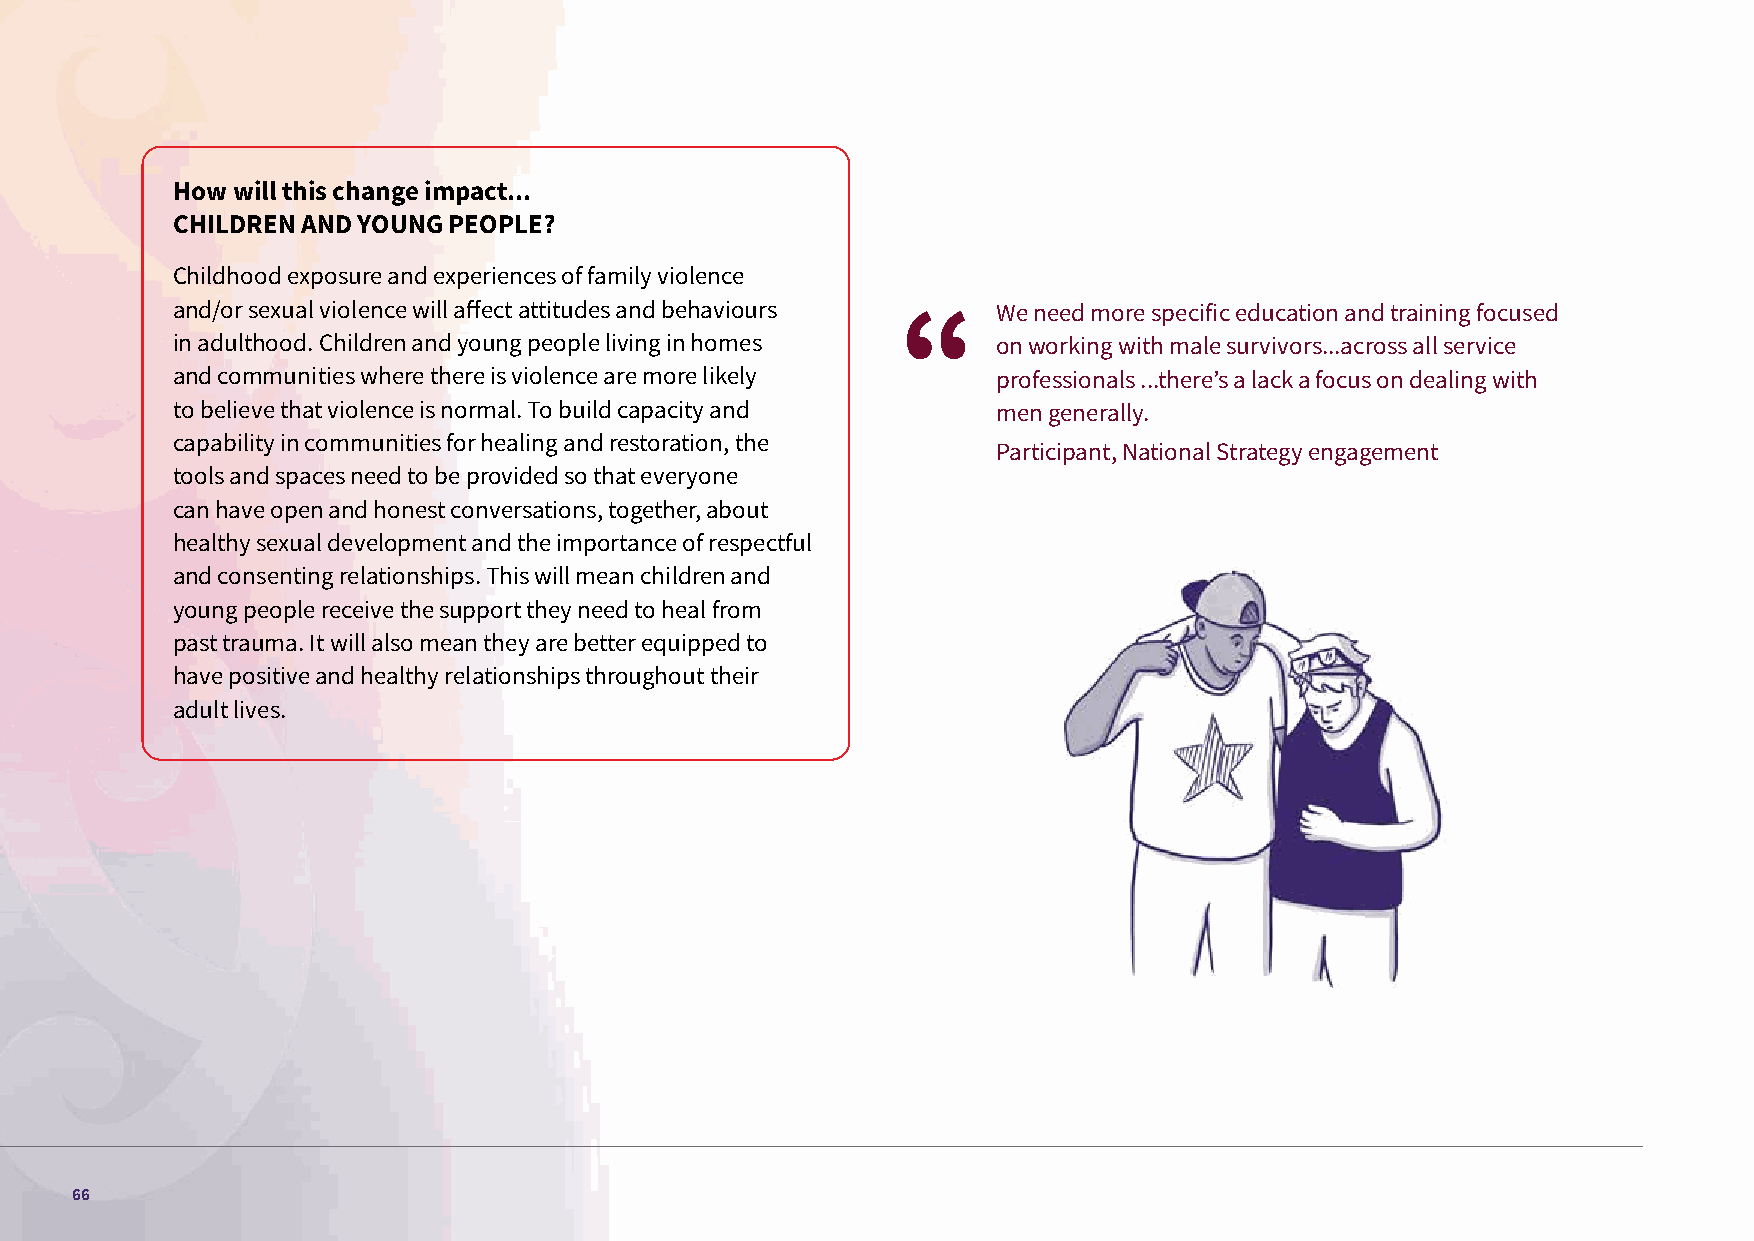
How will this change impact...
 CHILDREN AND YOUNG PEOPLE?
 Childhood exposure and experiences of family violence
 and/or sexual violence will affect attitudes and behaviours We need more specific education and training focused
 in adulthood. Children and young people living in homes on working with male survivors...across all service
 and communities where there is violence are more likely professionals ...there’s a lack a focus on dealing with
 to believe that violence is normal. To build capacity and men generally.
 capability in communities for healing and restoration, the
 Participant, National Strategy engagement
 tools and spaces need to be provided so that everyone
 can have open and honest conversations, together, about
 healthy sexual development and the importance of respectful
 and consenting relationships. This will mean children and
 young people receive the support they need to heal from
 past trauma. It will also mean they are better equipped to
 have positive and healthy relationships throughout their
 adult lives.
 66